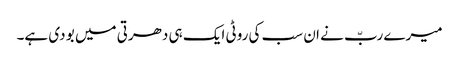
میرے ربّ نے ان سب کی روٹی ایک ہی دھرتی میں بو دی ہے۔